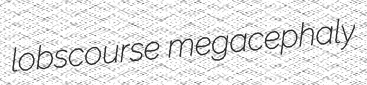
lobscourse megacephaly